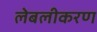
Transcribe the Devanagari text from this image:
लेबलीकरण